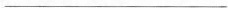
___